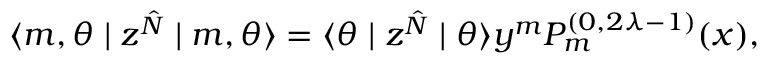
\langle m , \theta \mid z ^ { \hat { N } } \mid m , \theta \rangle = \langle \theta \mid z ^ { \hat { N } } \mid \theta \rangle y ^ { m } P _ { m } ^ { ( 0 , 2 \lambda - 1 ) } ( x ) ,